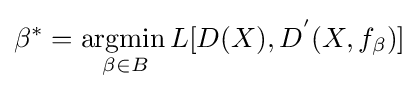
\beta ^{*}={\underset {\beta \in B}{\operatorname {argmin} {}}}L[D(X),D^{'}(X,f_{\beta })]